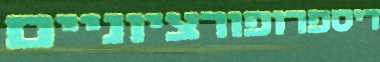
דיספרופורציוניים